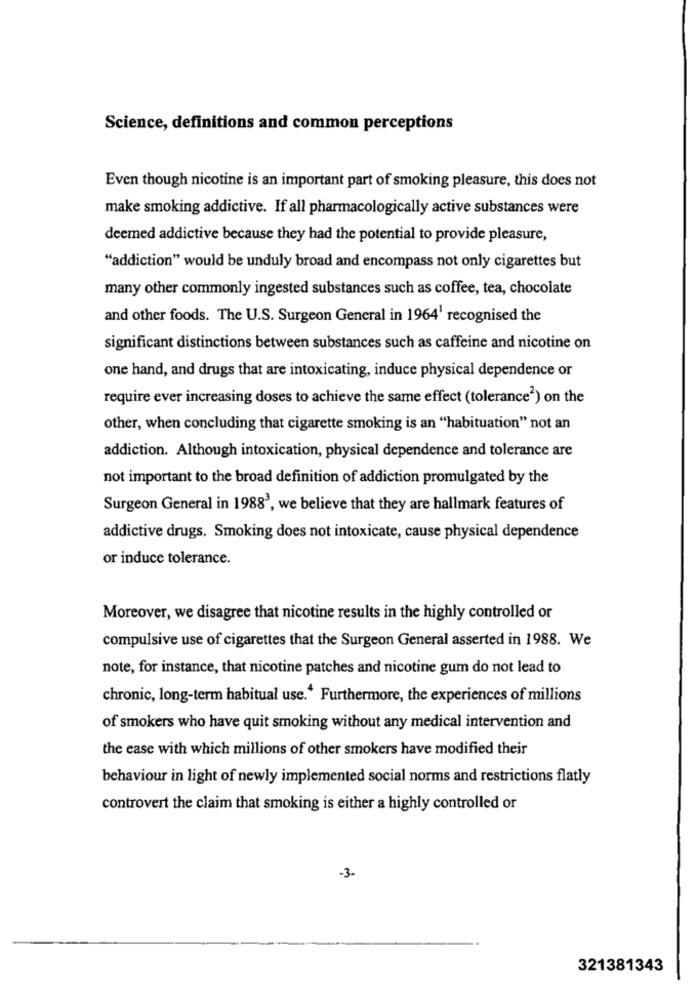
Science, definitions and common perceptions
Even though nicotine is an important part of smoking pleasure, this does not
make smoking addictive. If all pharmacologically active substances were
deemed addictive because they had the potential to provide pleasure,
"addiction" would be unduly broad and encompass not only cigarettes but
many other commonly ingested substances such as coffee, tea, chocolate
and other foods. The U.S. Surgeon General in 1964' recognised the
significant distinctions between substances such as caffeine and nicotine on
one hand, and drugs that are intoxicating, induce physical dependence or
require ever increasing doses to achieve the same effect (tolerance2) on the
other, when concluding that cigarette smoking is an "habituation" not an
addiction. Although intoxication, physical dependence and tolerance are
not important to the broad definition of addiction promulgated by the
Surgeon General in 1988', we believe that they are hallmark features of
addictive drugs. Smoking does not intoxicate, cause physical dependence
or induce tolerance.
Moreover, we disagree that nicotine results in the highly controlled or
compulsive use of cigarettes that the Surgeon General asserted in 1988. We
note, for instance, that nicotine patches and nicotine gum do not lead to
chronic, long-term habitual use. Furthermore, the experiences of millions
of smokers who have quit smoking without any medical intervention and
the case with which millions of other smokers have modified their
behaviour in light of newly implemented social norms and restrictions flatly
controvert the claim that smoking is either a highly controlled or
-3-
321381343